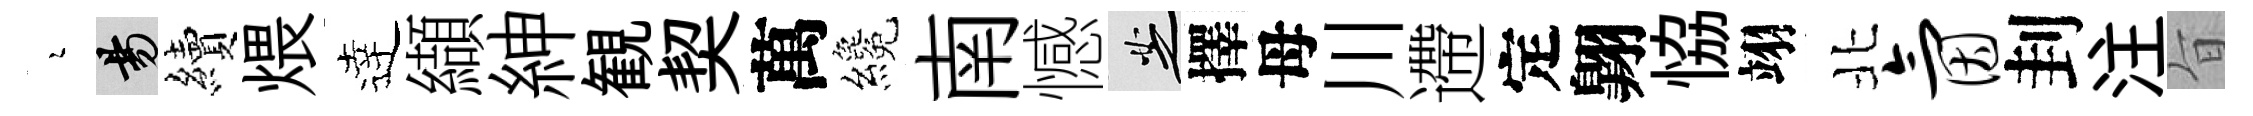
瑟昜續煨逹纈紳観契萬纔南憾芝擇母川遰定翺恊翊北氤刲注旨